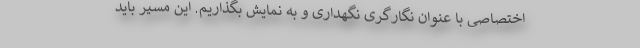
اختصاصی با عنوان نگارگری نگهداری و به نمایش بگذاریم. این مسیر باید